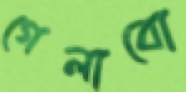
গেলাবো